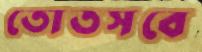
তোতসবে